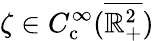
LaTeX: \zeta\in C_{\mathrm{c}}^{\infty}(\overline{{\mathbb{R}_{+}^{2}}})